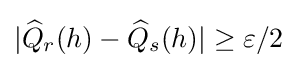
|{\widehat {Q}}_{r}(h)-{\widehat {Q}}_{s}(h)|\geq \varepsilon /2